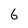
Character: 6